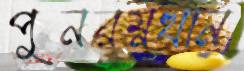
পুনরম্নত্থান